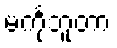
မင်္ကုဘူတာ